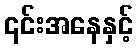
၎င်းအနေနှင့်